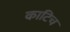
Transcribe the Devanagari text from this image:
काटिच